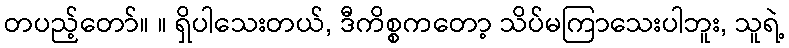
တပည့်တော်။ ။ ရှိပါသေးတယ်, ဒီကိစ္စကတော့ သိပ်မကြာသေးပါဘူး, သူရဲ့